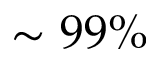
\sim 9 9 \%